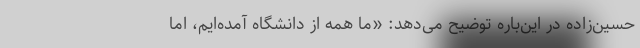
حسین‌زاده در این‌باره توضیح می‌دهد: «ما همه از دانشگاه آمده‌ایم، اما